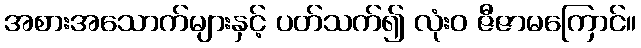
အစားအသောက်များနှင့် ပတ်သက်၍ လုံးဝ ဇီဇာမကြောင်။